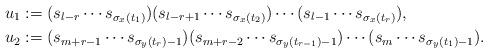
LaTeX: \begin{align*}u_{1}&:=(s_{l-r}\cdots s_{\sigma_{x}(t_{1})})(s_{l-r+1}\cdots s_{\sigma_{x}(t_{2})})\cdots (s_{l-1}\cdots s_{\sigma_{x}(t_{r})}), \\ u_{2}&:=(s_{m+r-1}\cdots s_{\sigma_{y}(t_{r})-1})(s_{m+r-2}\cdots s_{\sigma_{y}(t_{r-1})-1})\cdots (s_{m}\cdots s_{\sigma_{y}(t_{1})-1}). \end{align*}